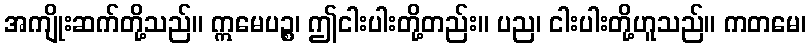
အကျိုးဆက်တို့သည်။ ဣမေပဉ္စ၊ ဤငါးပါးတို့တည်း။ ပည၊ ငါးပါးတို့ဟူသည်။ ကတမေ၊